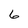
Character: 6